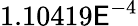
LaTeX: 1.10419\mathsf{E}^{-4}